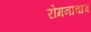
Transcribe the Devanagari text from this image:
रोमनांचाच